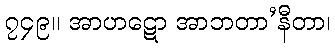
၇၄၉။ အာဟဋော အာဘတာ’နီတာ၊